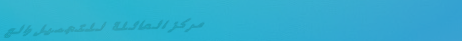
مركز العائلة للتجميل والع